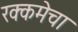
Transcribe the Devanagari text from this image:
रक्कमेचा